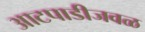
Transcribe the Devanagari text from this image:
आटपाडीजवळ